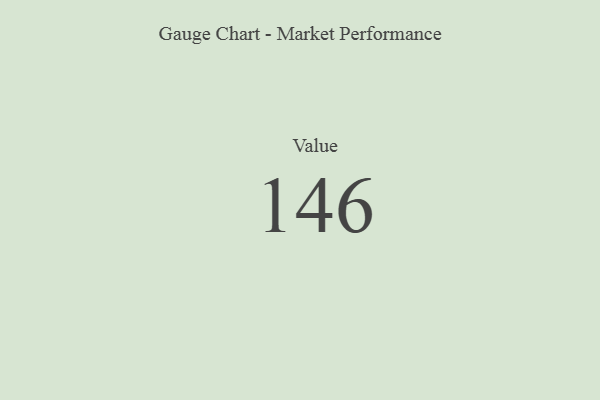
{"axis": {"x": "Metric", "y": "Value"}, "legend": [""], "data": [{"x": "Value", "y": 146, "type": ""}]}